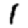
Digit: 1